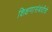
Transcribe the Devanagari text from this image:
शिक्षणासंबंधीचे